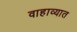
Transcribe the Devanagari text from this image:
वाहाव्यात